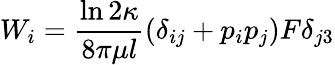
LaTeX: W_{i}=\frac{\ln{2\kappa}}{8\pi\mu l}\left(\delta_{ij}+p_{i}p_{j}\right)F\delta_{j3}